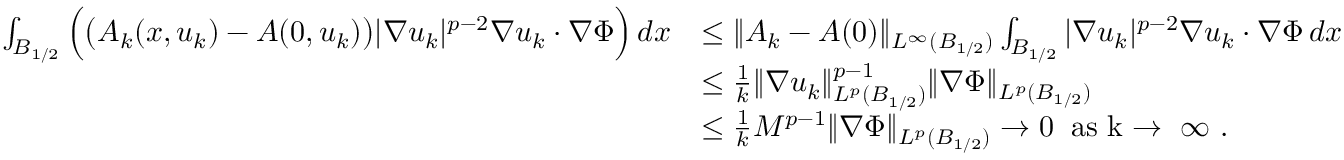
\begin{array} { r l } { \int _ { B _ { 1 / 2 } } \Big ( \big ( A _ { k } ( x , u _ { k } ) - A ( 0 , u _ { k } ) \big ) | \nabla u _ { k } | ^ { p - 2 } \nabla u _ { k } \cdot \nabla \Phi \Big ) \, d x } & { \le \| A _ { k } - A ( 0 ) \| _ { L ^ { \infty } ( B _ { 1 / 2 } ) } \int _ { B _ { 1 / 2 } } | \nabla u _ { k } | ^ { p - 2 } \nabla u _ { k } \cdot \nabla \Phi \, d x } \\ & { \le \frac { 1 } { k } \| \nabla u _ { k } \| _ { L ^ { p } ( B _ { 1 / 2 } ) } ^ { p - 1 } \| \nabla \Phi \| _ { L ^ { p } ( B _ { 1 / 2 } ) } } \\ & { \le \frac { 1 } { k } M ^ { p - 1 } \| \nabla \Phi \| _ { L ^ { p } ( B _ { 1 / 2 } ) } \to 0 \; \; \mathrm { a s ~ k \to ~ \infty ~ } . } \end{array}